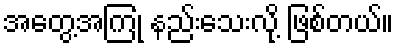
အတွေ့အကြုံ နည်းသေးလို့ ဖြစ်တယ်။